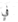
في